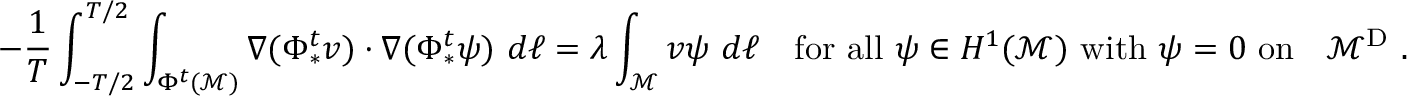
- \frac { 1 } { T } \int _ { - T / 2 } ^ { T / 2 } \int _ { \Phi ^ { t } ( \mathcal { M } ) } \nabla ( \Phi _ { * } ^ { t } v ) \cdot \nabla ( \Phi _ { * } ^ { t } \psi ) \ d \ell = \lambda \int _ { \mathcal { M } } v \psi \ d \ell \quad \mathrm { f o r ~ a l l ~ } \psi \in H ^ { 1 } ( \mathcal { M } ) \mathrm { ~ w i t h ~ } \psi = 0 \mathrm { ~ o n ~ \partial ~ \mathcal { M } ^ { D } ~ } .